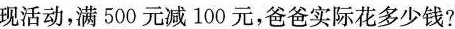
现活动，满500元减100元，爸爸实际花多少钱?